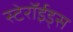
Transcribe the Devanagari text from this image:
स्टेरॉईड्स